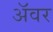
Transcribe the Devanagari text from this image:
अॅवर